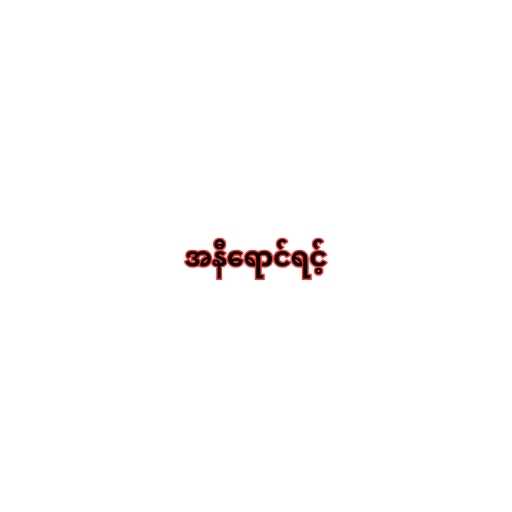
အနီရောင်ရင့်